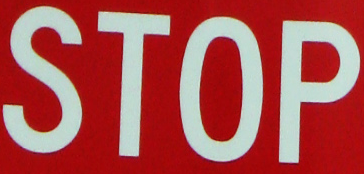
STOP